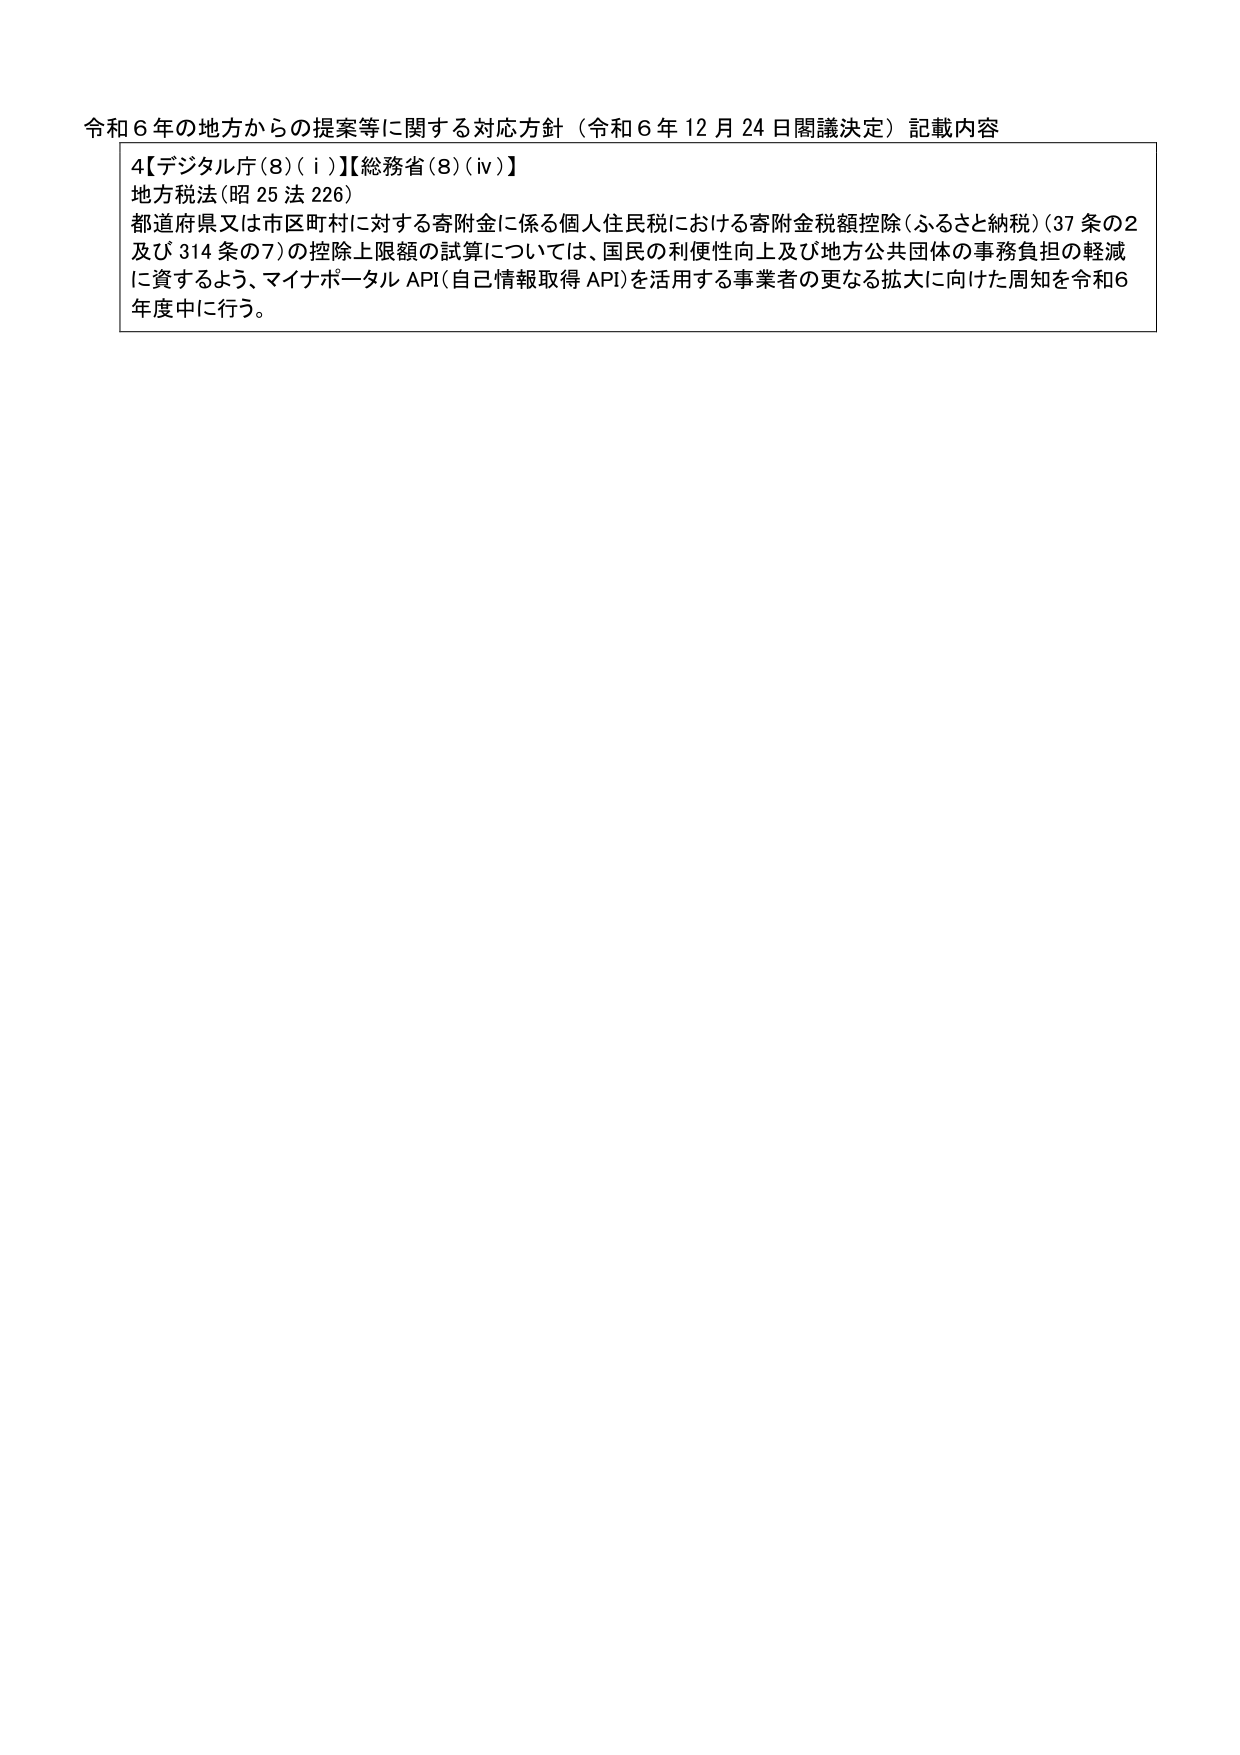
令和６年の地方からの提案等に関する対応方針（令和６年12月24日閣議決定）記載内容

4【デジタル庁(8)(i)】【総務省(8)(iv)】
地方税法(昭25法226)
都道府県又は市区町村に対する寄附金に係る個人住民税における寄附金税額控除(ふるさと納税)(37条の2
及び314条の7)の控除上限額の試算については、国民の利便性向上及び地方公共団体の事務負担の軽減
に資するよう、マイナポータルAPI(自己情報取得API)を活用する事業者の更なる拡大に向けた周知を令和6
年度中に行う。